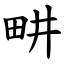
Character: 畊